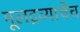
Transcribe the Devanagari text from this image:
मूलद्रव्याचेच